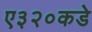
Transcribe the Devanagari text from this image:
ए३२०कडे